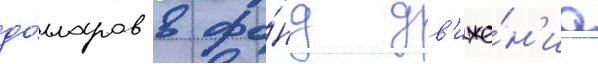
до́лларов в фо́нд дв'иже́н'иа